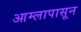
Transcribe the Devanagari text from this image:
आम्लापासून